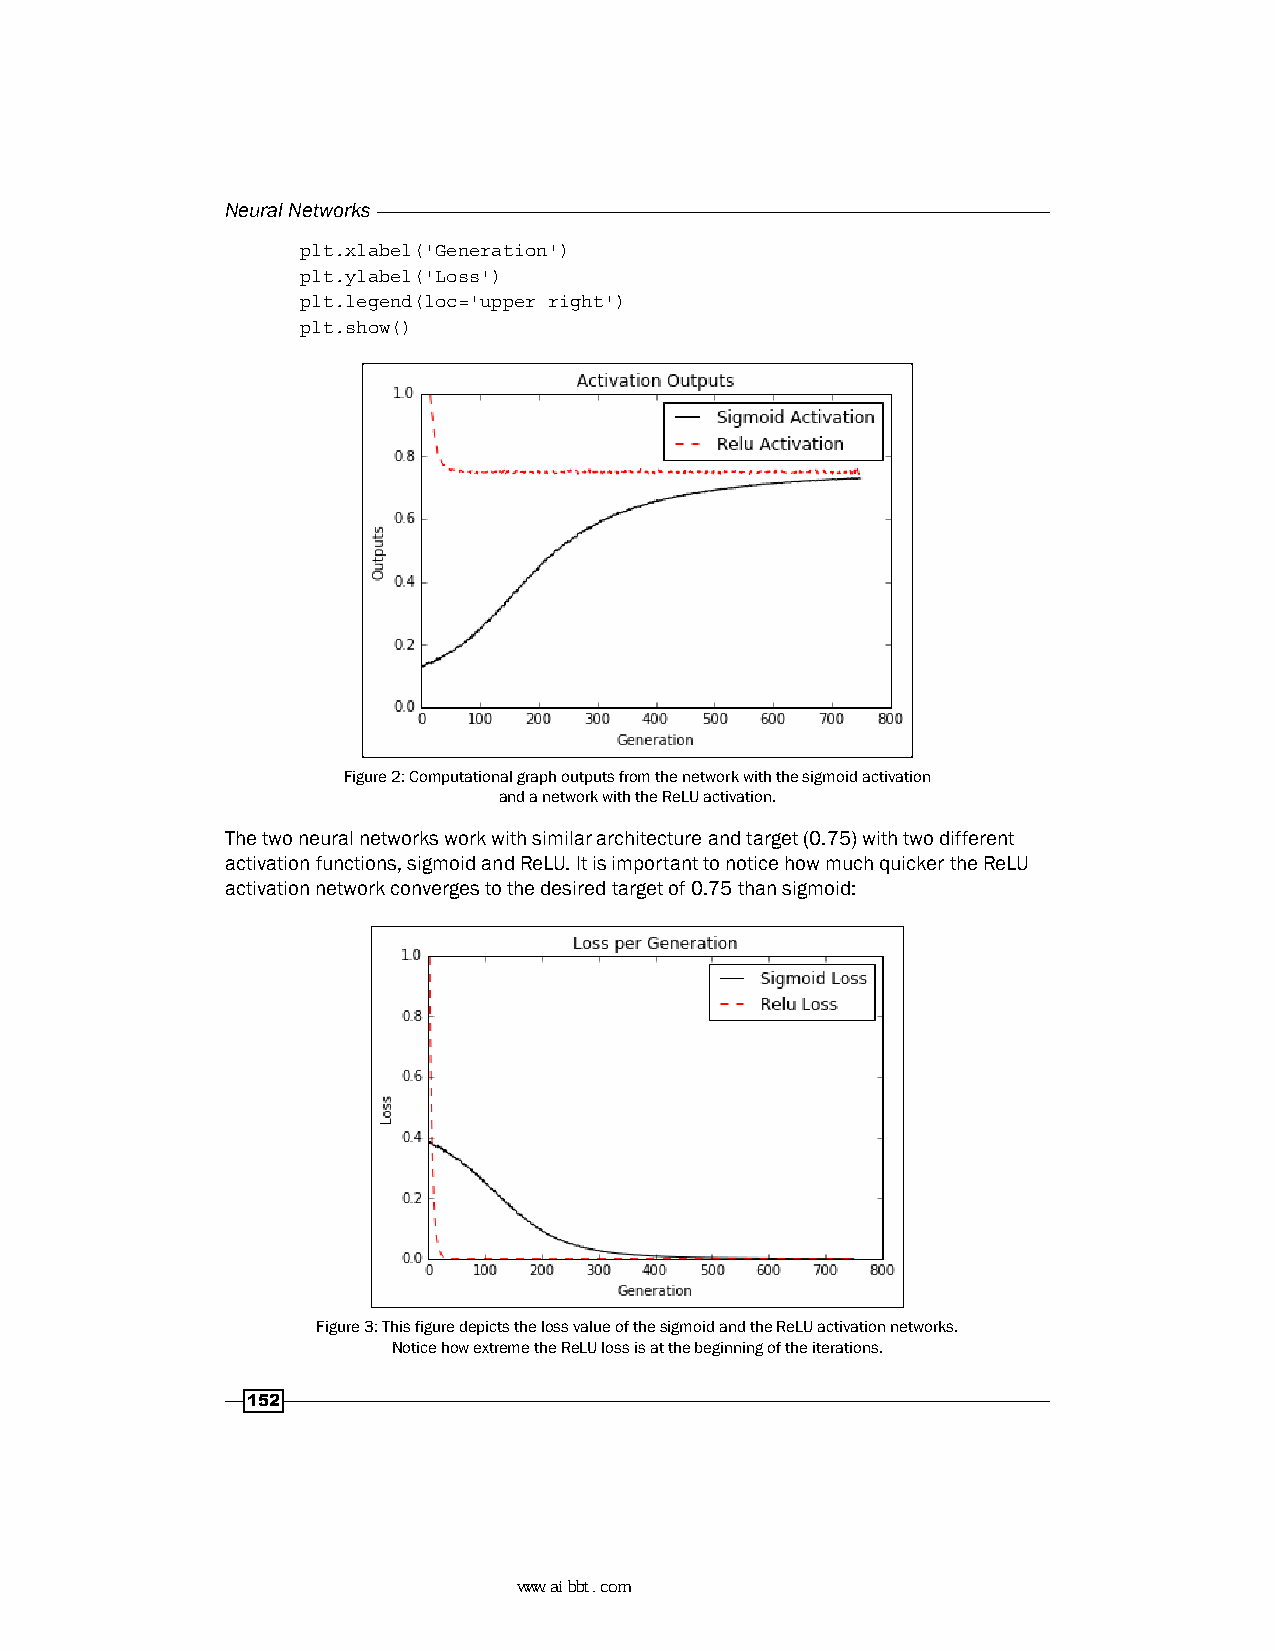
Neural Networks
 plt.xlabel('Generation')
 plt.ylabel('Loss')
 plt.legend(loc='upper right')
 plt.show()
 Figure 2: Computational graph outputs from the network with the sigmoid activation
 and a network with the ReLU activation.
 The two neural networks work with similar architecture and target (0.75) with two different
 activation functions, sigmoid and ReLU. It is important to notice how much quicker the ReLU
 activation network converges to the desired target of 0.75 than sigmoid:
 Figure 3: This figure depicts the loss value of the sigmoid and the ReLU activation networks.
 Notice how extreme the ReLU loss is at the beginning of the iterations.
 152
 www.aibbt.com 让未来触手可及